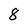
Character: 8